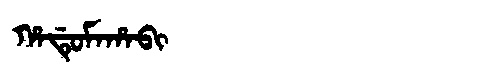
Manchu: ᡥᠠᡩᡠᠮᠠᡥᠠᠪᡳ
Romanization: HADUMAHABI